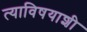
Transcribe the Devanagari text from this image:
त्याविषयाशी